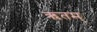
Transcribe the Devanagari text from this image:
ऋतम्